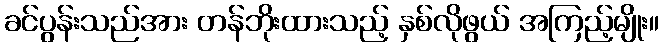
ခင်ပွန်းသည်အား တန်ဘိုးထားသည့် နှစ်လိုဖွယ် အကြည့်မျိုး။